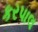
કરપાલ